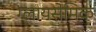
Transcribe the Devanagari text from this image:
ग्लायसेमिक